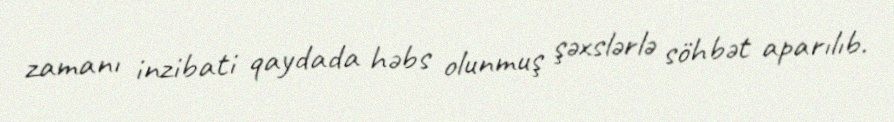
zamanı inzibati qaydada həbs olunmuş şəxslərlə söhbət aparılıb.